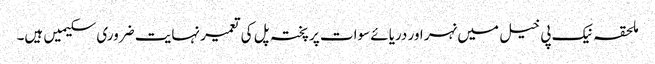
ملحقہ نیک پی خیل میں نہر اور دریائے سوات پر پختہ پل کی تعمیر نہایت ضروری سکیمیں ہیں۔